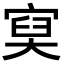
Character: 𡩔